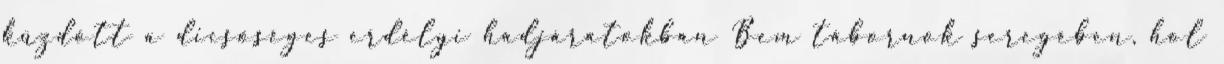
küzdött a dicsőséges erdélyi hadjáratokban Bem tábornok seregében, hol